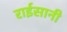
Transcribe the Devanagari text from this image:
राईसानी